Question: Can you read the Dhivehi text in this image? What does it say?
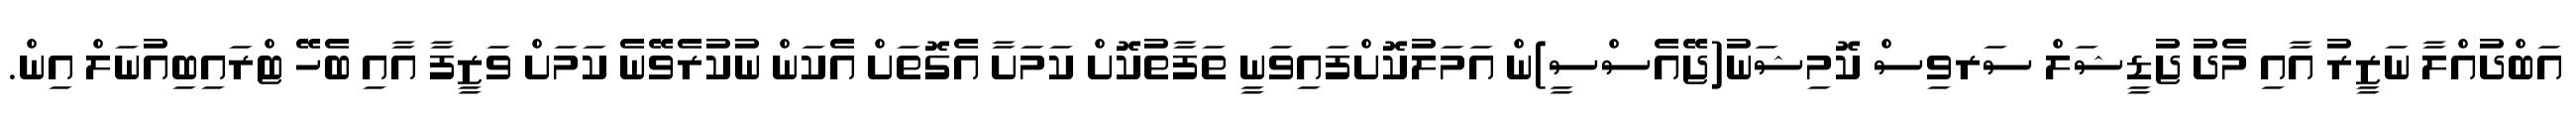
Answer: އަބްދުއްލާ ނަޒީރު އާއި މެދު ޖުޑީޝަލް ސަރވިސް ކޮމިޝަނު(ޖޭއެސްސީ)ން އަމަލުކޮށްފައިވަނީ ތަފާތުކޮށް ކަމަށާ އެގޮތަށް އެކަން ނުކުރެވޭނެ ކަމަށް ވަޒީފާ އާއި ބެހޭ ޓްރައިބިއުނަލް އިން.